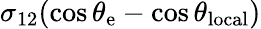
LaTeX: \sigma_{12}(\cos\theta_{\mathrm{{e}}}-\cos\theta_{\mathrm{{local}}})